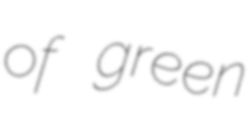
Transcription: of green